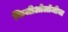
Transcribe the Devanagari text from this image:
फिजीओलॉजीचा